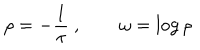
\rho = - { \frac { 1 } { \tau } } \ , \qquad \omega = \log \rho